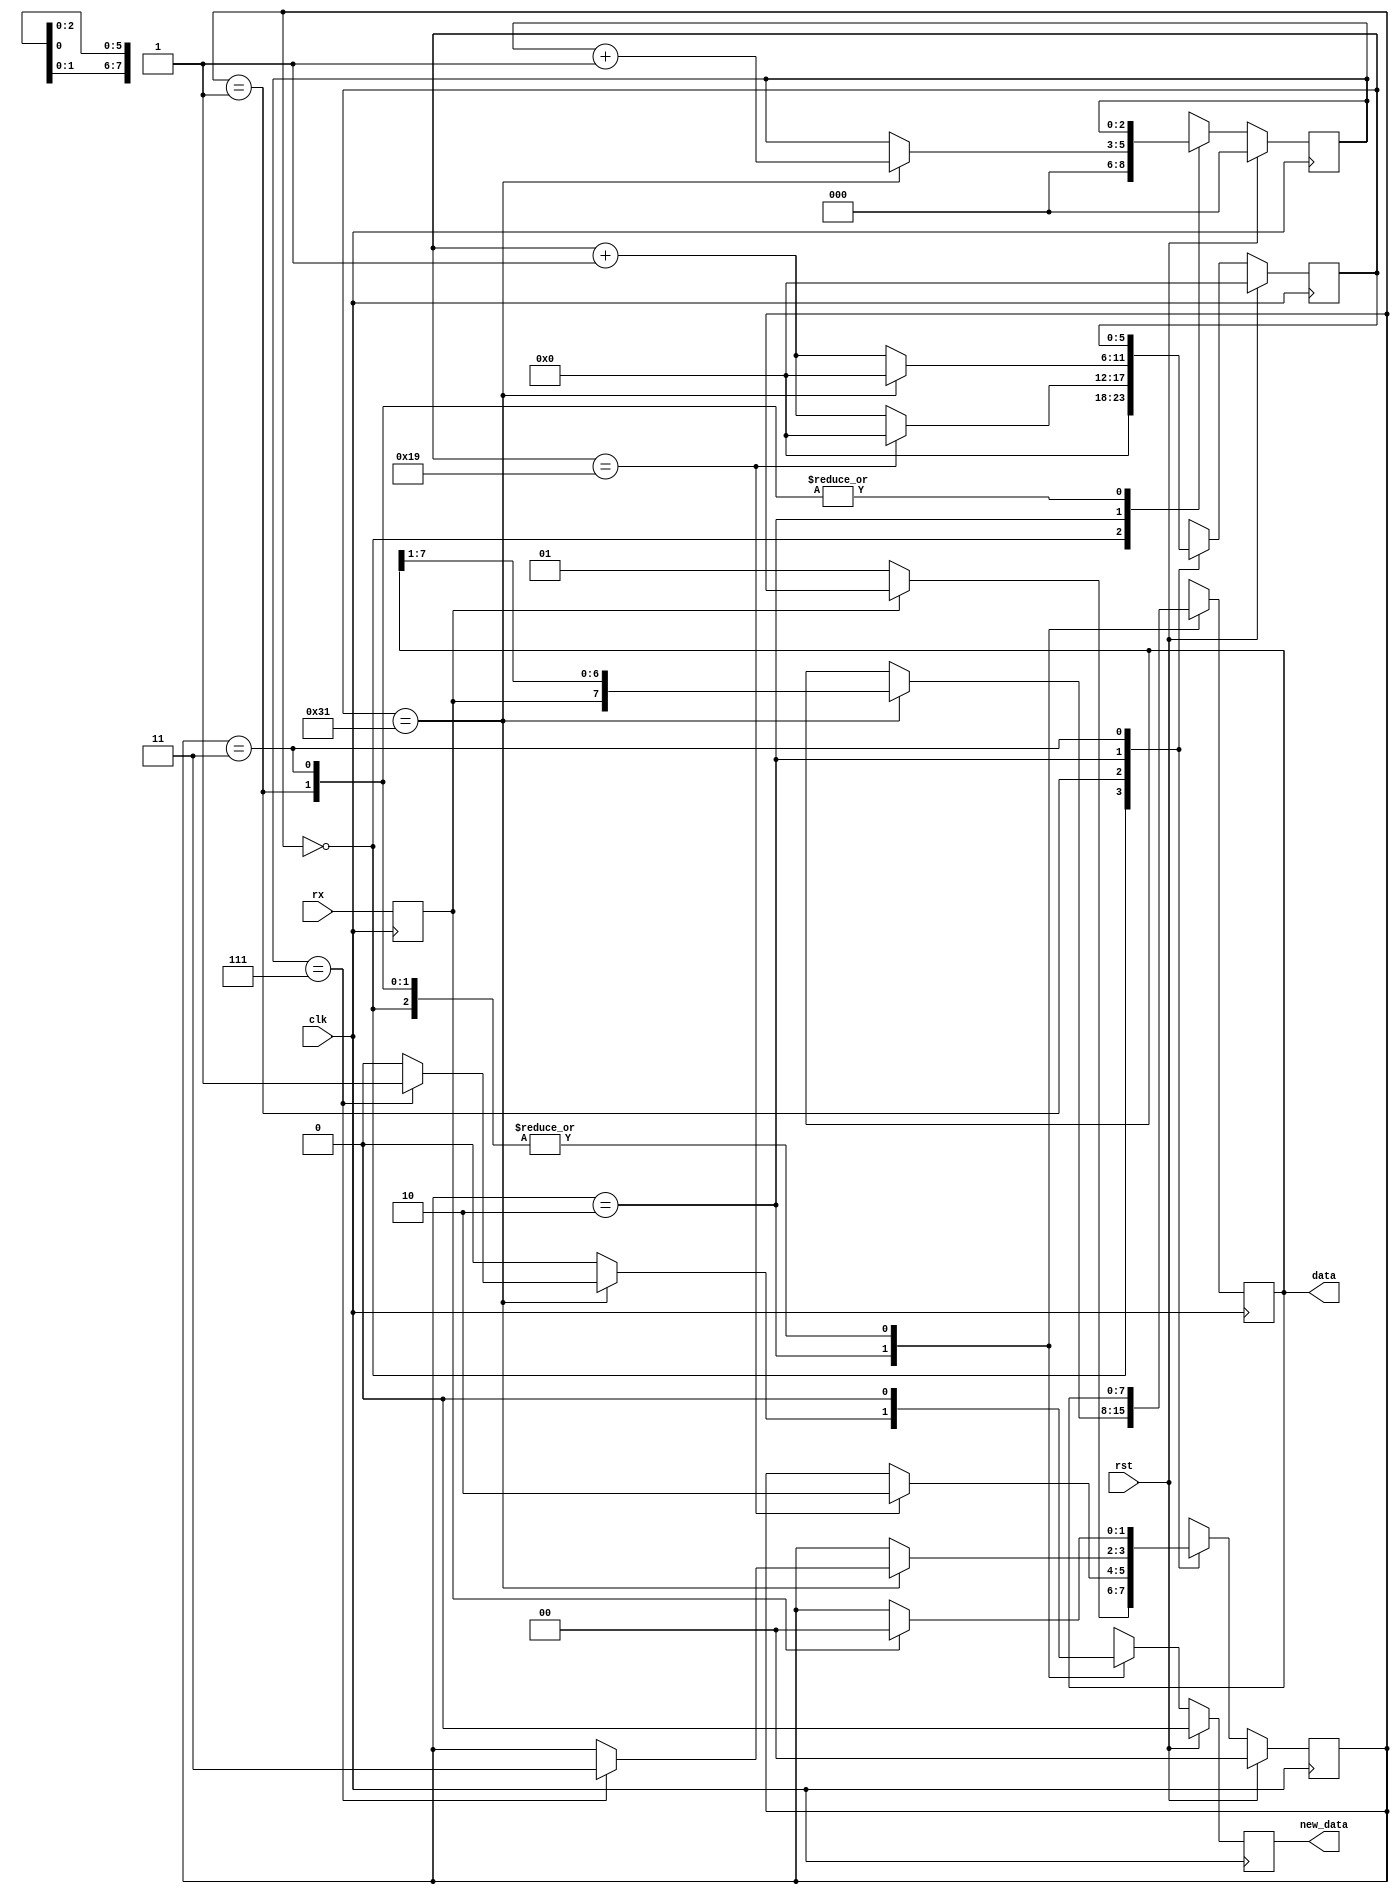
module serial_rx #(
		parameter CLK_PER_BIT = 50,
		parameter CTR_SIZE = 6
	)(
		input clk,
		input rst,
		input rx,
		output [7:0] data,
		output new_data
	);
	
	localparam STATE_SIZE = 2;
	localparam IDLE = 2'd0,
	WAIT_HALF = 2'd1,
	WAIT_FULL = 2'd2,
	WAIT_HIGH = 2'd3;
	
	reg [CTR_SIZE-1:0] ctr_d, ctr_q;
	reg [2:0] bit_ctr_d, bit_ctr_q;
	reg [7:0] data_d, data_q;
	reg new_data_d, new_data_q;
	reg [STATE_SIZE-1:0] state_d, state_q = IDLE;
	reg rx_d, rx_q;
	
	assign new_data = new_data_q;
	assign data = data_q;
	
	always @(*) begin
		rx_d = rx;
		state_d = state_q;
		ctr_d = ctr_q;
		bit_ctr_d = bit_ctr_q;
		data_d = data_q;
		new_data_d = 1'b0;
		
		case (state_q)
			IDLE: begin
				bit_ctr_d = 3'b0;
				ctr_d = 1'b0;
				if (rx_q == 1'b0) begin
					state_d = WAIT_HALF;
				end
			end
			WAIT_HALF: begin
				ctr_d = ctr_q + 1'b1;
				if (ctr_q == (CLK_PER_BIT >> 1)) begin
					ctr_d = 1'b0;
					state_d = WAIT_FULL;
				end
			end
			WAIT_FULL: begin
				ctr_d = ctr_q + 1'b1;
				if (ctr_q == CLK_PER_BIT - 1) begin
					data_d = {rx_q, data_q[7:1]};
					bit_ctr_d = bit_ctr_q + 1'b1;
					ctr_d = 1'b0;
					if (bit_ctr_q == 3'd7) begin
						state_d = WAIT_HIGH;
						new_data_d = 1'b1;
					end
				end
			end
			WAIT_HIGH: begin
				if (rx_q == 1'b1) begin
					state_d = IDLE;
				end
			end
			default: begin
				state_d = IDLE;
			end
		endcase
		
	end
	
	always @(posedge clk) begin
		if (rst) begin
			ctr_q <= 1'b0;
			bit_ctr_q <= 3'b0;
			new_data_q <= 1'b0;
			state_q <= IDLE;
		end else begin
			ctr_q <= ctr_d;
			bit_ctr_q <= bit_ctr_d;
			new_data_q <= new_data_d;
			state_q <= state_d;
		end
		
		rx_q <= rx_d;
		data_q <= data_d;
	end
	
endmodule